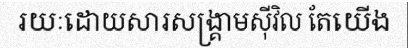
រយៈដោយសារសង្គ្រាមស៊ីវិល តែយើង